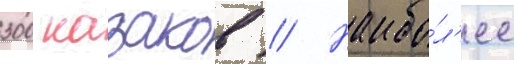
300 казаков // Наибо́л'ее